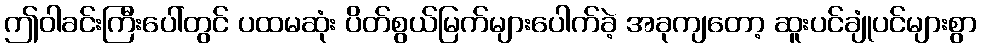
ဤဝါခင်းကြီးပေါ်တွင် ပထမဆုံး ပိတ်စွယ်မြက်များပေါက်ခဲ့ အခုကျတော့ ဆူးပင်ချုံပင်များစွာ